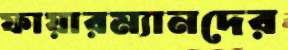
ফায়ারম্যানদের